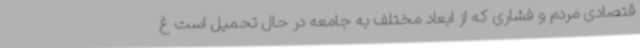
قتصادی مردم و فشاری که از ابعاد مختلف به جامعه در حال تحمیل است غ